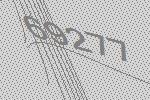
69277